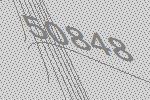
50848